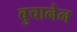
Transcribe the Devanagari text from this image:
बुचानेन